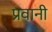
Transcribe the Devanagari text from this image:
प्रवानी